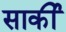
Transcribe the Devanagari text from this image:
सार्की